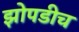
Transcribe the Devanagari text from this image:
झोपडीच